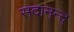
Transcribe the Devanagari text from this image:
सदानन्‍द